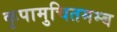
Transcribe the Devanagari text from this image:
कृपामुचितमम्ब